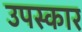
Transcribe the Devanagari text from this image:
उपस्‍कार